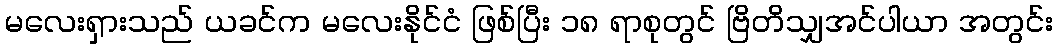
မလေးရှားသည် ယခင်က မလေးနိုင်ငံ ဖြစ်ပြီး ၁၈ ရာစုတွင် ဗြိတိသျှအင်ပါယာ အတွင်း